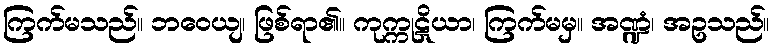
ကြက်မသည်။ ဘဝေယျ၊ ဖြစ်ရာ၏။ ကုက္ကုဋိယာ၊ ကြက်မမှ။ အဏ္ဍံ၊ အဥသည်။